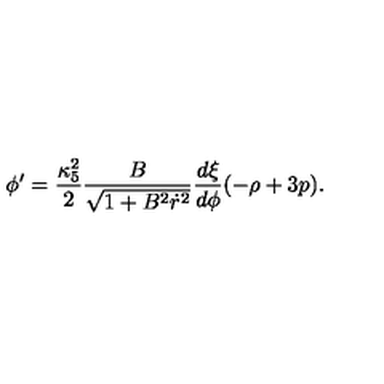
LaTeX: \phi ^ { \prime } = \frac { \kappa _ { 5 } ^ { 2 } } { 2 } \frac { B } { \sqrt { 1 + B ^ { 2 } \dot { r } ^ { 2 } } } \frac { d \xi } { d \phi } ( - \rho + 3 p ) .